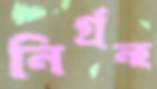
নির্গ্রন্হ